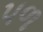
પળ